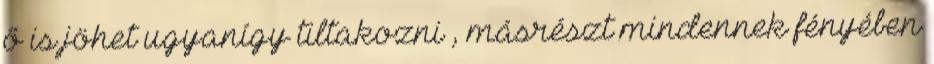
ő is jöhet ugyanígy tiltakozni , másrészt mindennek fényében